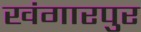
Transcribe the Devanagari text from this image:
खंगारपुर